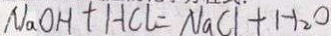
N a O H + H C l = N a C l + H _ { 2 } O